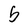
Character: b